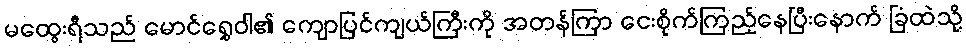
မထွေးရီသည် မောင်ရွှေဝါ၏ ကျောပြင်ကျယ်ကြီးကို အတန်ကြာ ငေးစိုက်ကြည့်နေပြီးနောက် ခြံထဲသို့